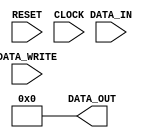
/* 
 * RESET      :  0
 * CLOCK      :  
 * DATA_IN    : 
 * DATA_WRITE : 01
 * DATA_OUT   : 
 */
module REGISTER(RESET, CLOCK, DATA_IN, DATA_WRITE, DATA_OUT);
	input        RESET;
	input        CLOCK;
	input  [3:0] DATA_IN;
	input        DATA_WRITE;
	output [3:0] DATA_OUT;

	reg    [3:0] DATA_OUT;

	// 
	always @(~RESET) begin
		DATA_OUT <= 4'b0;
	end

	// 
	always @(posedge CLOCK) begin
		if (RESET) begin
			DATA_OUT <= DATA_WRITE ? DATA_IN : DATA_OUT;
		end
	end

endmodule